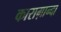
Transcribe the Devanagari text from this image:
काराग़ान्दा